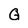
Character: Q